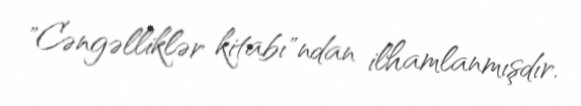
"Cəngəlliklər kitabı"ndan ilhamlanmışdır.